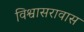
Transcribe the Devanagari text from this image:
विश्वासरावास